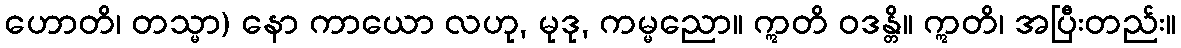
ဟောတိ၊ တသ္မာ) နော ကာယော လဟု, မုဒု, ကမ္မညော။ ဣတိ ဝဒန္တိ။ ဣတိ၊ အပြီးတည်း။